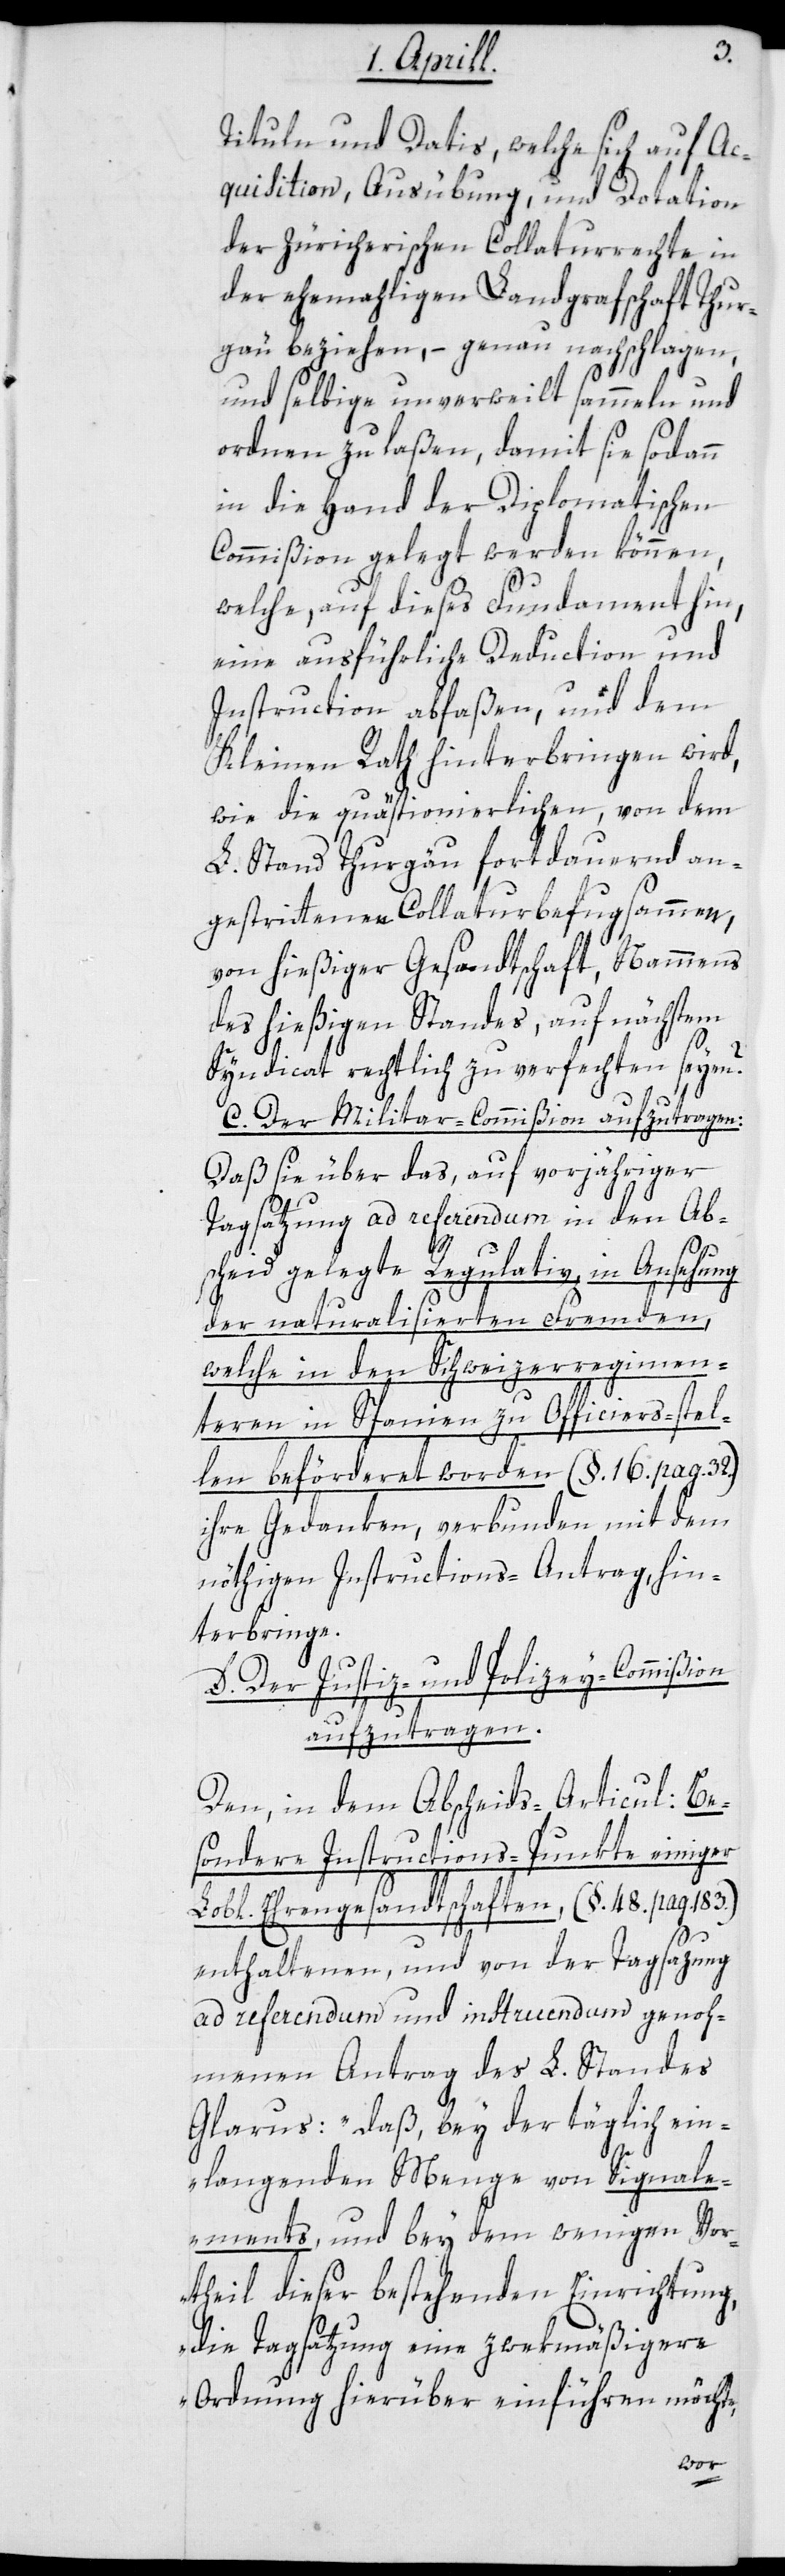
Tituln und Datis, welche sich auf Ac¬
quisition, Ausübung, und Dotation
der züricherischen Collaturrechte in
der ehemaligen Landgrafschaft Thur¬
gau beziehen, – genau nachschlagen,
und selbige unverweilt sammeln und
ordnen zu laßen, damit sie sodann
in die Hand der Diplomatischen
Commißion gelegt werden können,
welche, auf dieses Fundament hin,
eine ausführliche Deduction und
Instruction abfaßen, und dem
Kleinen Rath hinterbringen wird,
wie die quästionierlichen, von dem
L. Stand Thurgau fortdauernd an¬
gestrittenen Collaturbefugsammen,
von hießiger Gesandtschaft, Nammens
des hießigen Standes, auf nächstem
Syndicat rechtlich zu verfechten seyen?
C Der Militar-Commißion aufzutragen:
Daß sie über das, auf vorjähriger
Tagsatzung ad referendum in den Ab¬
scheid gelegte Regulativ in Ansehung
der naturalisierten Fremden,
welche in den Schweizerregimen¬
teren in Spanien zu Officiers-stel¬
len beförderet worden (§ 16. pag. 32.)
ihre Gedanken, verbunden mit dem
nöthigen Instructions-Antrag, hin¬
terbringe.
D Der Justiz- und Polizey-Commißion
aufzutragen.
Den, in dem Abscheids-Articul: Be¬
sondere Instructions-Punkte einiger
Lobl. Ehrengesandtschaften, (§ 48. pag. 183.)
enthaltenen, und von der Tagsatzung
ad referendum und instruendum genoh¬
menen Antrag des L. Standes
Glarus: „Daß, bey der täglich ein¬
langenden Menge von Signale¬
ments, und bey dem wenigen Vor¬
theil dieser bestehenden Einrichtung,
die Tagsatzung eine zwekmäßigere
Ordnung hierüber einführen möchte,